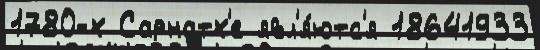
1780-х Сарнатх'е явл'я́ютс'я 18641933